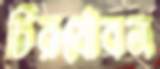
চিরযৌবন